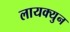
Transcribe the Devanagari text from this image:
लायक्युन